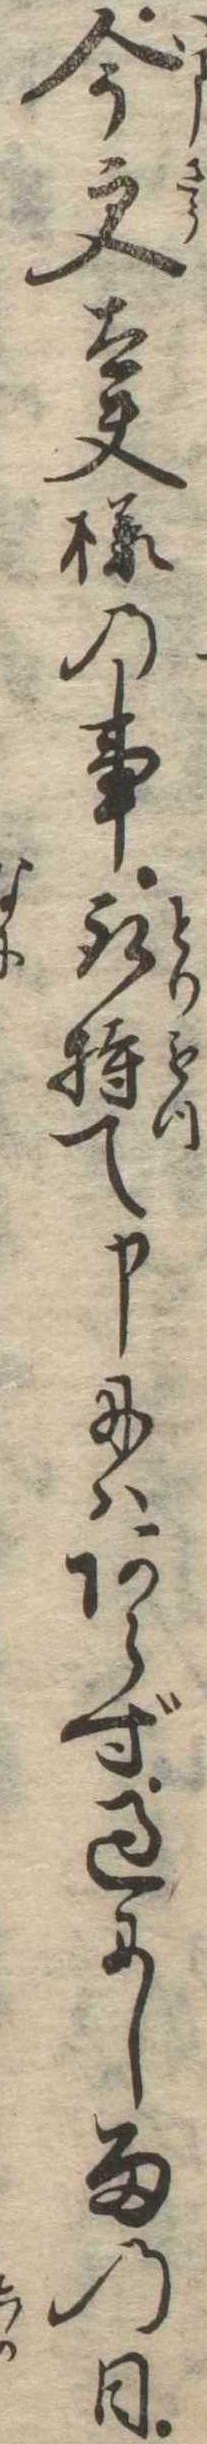
今更太夫様の事取持て申にはあらず過にし雨の日